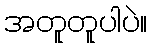
အတူတူပါပဲ။